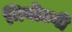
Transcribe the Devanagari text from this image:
नियोटनी